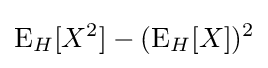
\operatorname {E} _{H}[X^{2}]-(\operatorname {E} _{H}[X])^{2}